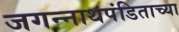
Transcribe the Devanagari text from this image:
जगन्‍नाथपंडिताच्या